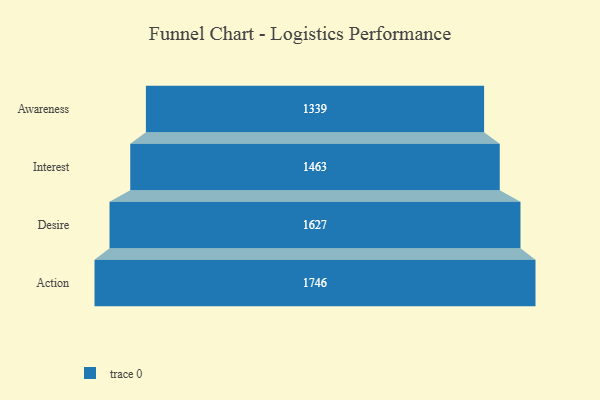
{"axis": {"x": "Stage", "y": "Value"}, "legend": [""], "data": [{"x": "Awareness", "y": 1339.0, "type": ""}, {"x": "Interest", "y": 1463.0, "type": ""}, {"x": "Desire", "y": 1627.0, "type": ""}, {"x": "Action", "y": 1746.0, "type": ""}]}